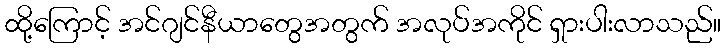
ထို့ကြောင့် အင်ဂျင်နီယာတွေအတွက် အလုပ်အကိုင် ရှားပါးလာသည်။